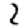
Digit: 2